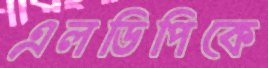
এলডিপিকে